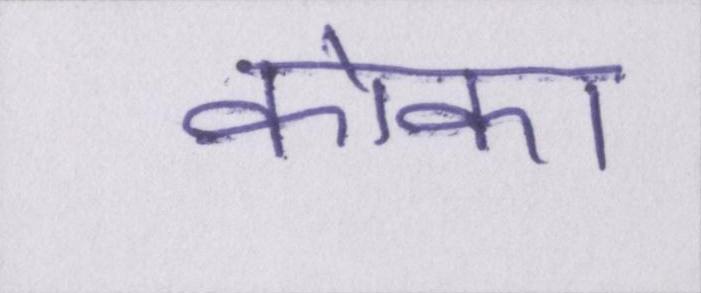
कोका